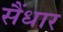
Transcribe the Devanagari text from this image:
सैंधार